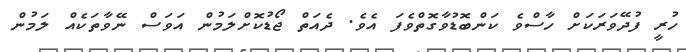
ހުރީ ފުދޭވަރަކަށް ހާސްވެ ކަންބޮޑުވާގޮތްވެފަ އެވެ. ދެއަތް ޖޯޑުކޮށްލަމުން އަވަސް ނޭވާތަކެއް ލަމުން